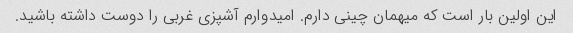
این اولین بار است که میهمان چینی دارم. امیدوارم آشپزی غربی را دوست داشته باشید.